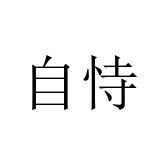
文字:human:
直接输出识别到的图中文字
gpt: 自恃